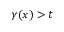
\gamma ( \boldsymbol { x } ) > t